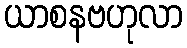
ယာစနဗဟုလာ